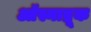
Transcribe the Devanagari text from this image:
ऑस्नाब्रूक